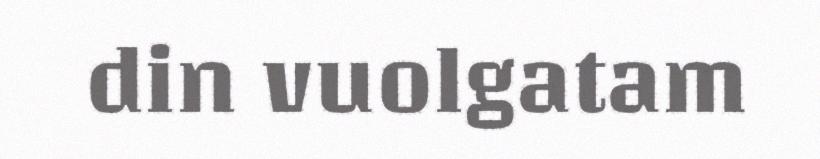
din vuolgatam